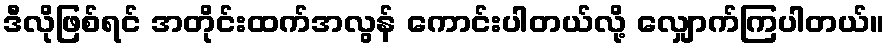
ဒီလိုဖြစ်ရင် အတိုင်းထက်အလွန် ကောင်းပါတယ်လို့ လျှောက်ကြပါတယ်။